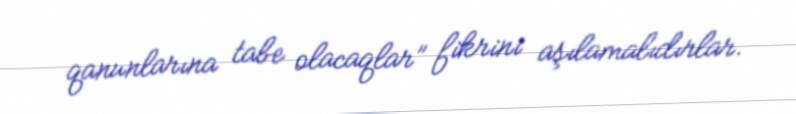
qanunlarına tabe olacaqlar” fikrini aşılamalıdırlar.